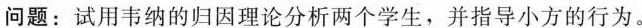
问题：试用韦纳的归因理论分析两个学生，并指导小方的行为。